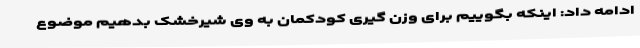
ادامه داد: اینکه بگوییم برای وزن گیری کودکمان به وی شیرخشک بدهیم موضوع